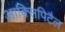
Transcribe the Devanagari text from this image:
आक्सिपिटैल